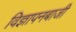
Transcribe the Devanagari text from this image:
विज्ञापनबाजी